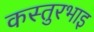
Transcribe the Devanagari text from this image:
कस्तुरभाइ